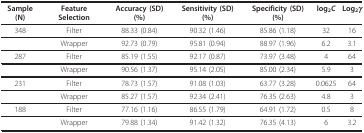
<table><thead><tr><td><b>Sample (N)</b></td><td><b>Feature Selection </b></td><td><b>Accuracy (SD) (%)</b></td><td><b>Sensitivity (SD) (%)</b></td><td><b>Specificity (SD) (%)</b></td><td><b>log<sub>2</sub><i>C</i></b></td><td><b>Log<sub>2</sub><i>γ</i></b></td></tr></thead><tbody><tr><td>348</td><td>Filter</td><td>88.33 (0.84)</td><td>90.32 (1.46)</td><td>85.86 (1.18)</td><td>32</td><td>16</td></tr><tr><td></td><td>Wrapper</td><td>92.73 (0.79)</td><td>95.81 (0.94)</td><td>88.97 (1.96)</td><td>6.2</td><td>3.1</td></tr><tr><td>287</td><td>Filter</td><td>85.19 (1.55)</td><td>92.17 (0.87)</td><td>73.97 (3.48)</td><td>4</td><td>64</td></tr><tr><td></td><td>Wrapper</td><td>90.56 (1.37)</td><td>95.14 (2.05)</td><td>85.00 (2.34)</td><td>5.9</td><td>3</td></tr><tr><td>231</td><td>Filter</td><td>78.73 (1.57)</td><td>91.08 (1.03)</td><td>63.77 (3.28)</td><td>0.0625</td><td>64</td></tr><tr><td></td><td>Wrapper</td><td>85.27 (1.57)</td><td>92.34 (2.41)</td><td>76.35 (2.63)</td><td>4.8</td><td>3</td></tr><tr><td>188</td><td>Filter</td><td>77.16 (1.16)</td><td>86.55 (1.79)</td><td>64.91 (1.72)</td><td>0.5</td><td>8</td></tr><tr><td></td><td>Wrapper</td><td>79.88 (1.34)</td><td>91.42 (1.32)</td><td>76.35 (4.13)</td><td>6</td><td>3.2</td></tr></tbody></table>